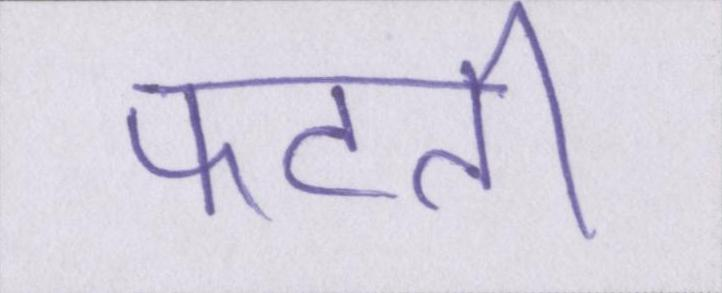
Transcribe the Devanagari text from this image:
फटती